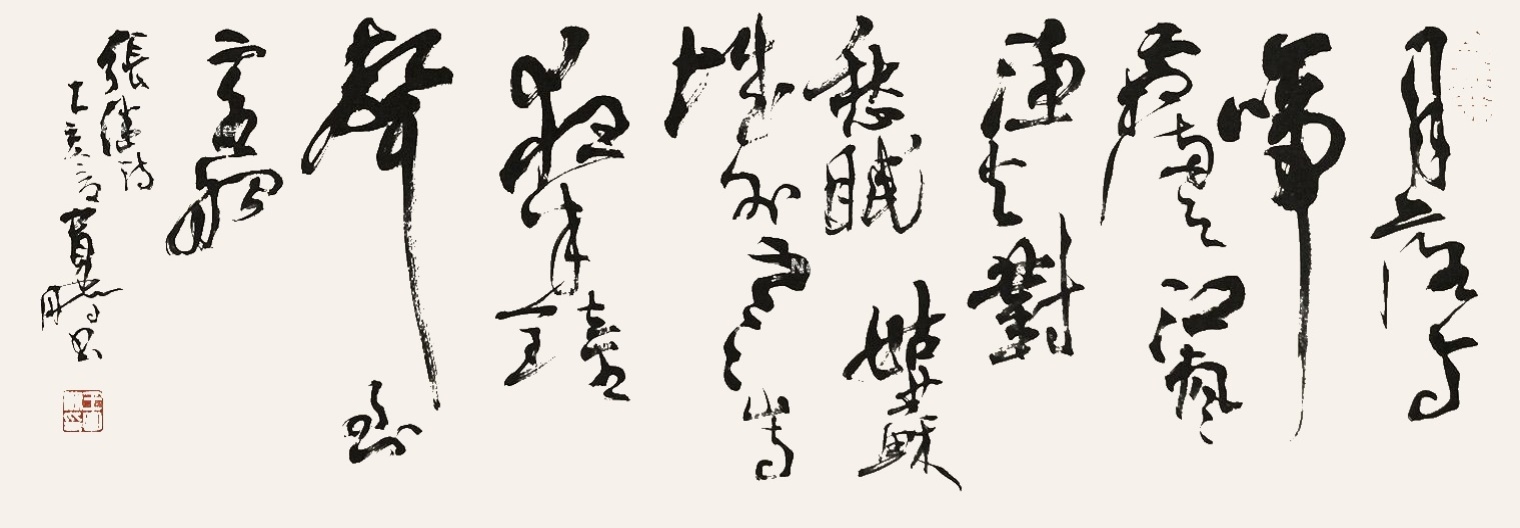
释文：月落乌啼霜满天，江枫渔火对愁眠。姑苏城外寒山寺，夜半钟声到客船。张继诗，乙亥下宽鹏书